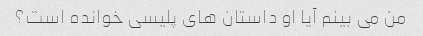
من می بینم آیا او داستان های پلیسی خوانده است؟